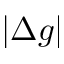
| \Delta g |